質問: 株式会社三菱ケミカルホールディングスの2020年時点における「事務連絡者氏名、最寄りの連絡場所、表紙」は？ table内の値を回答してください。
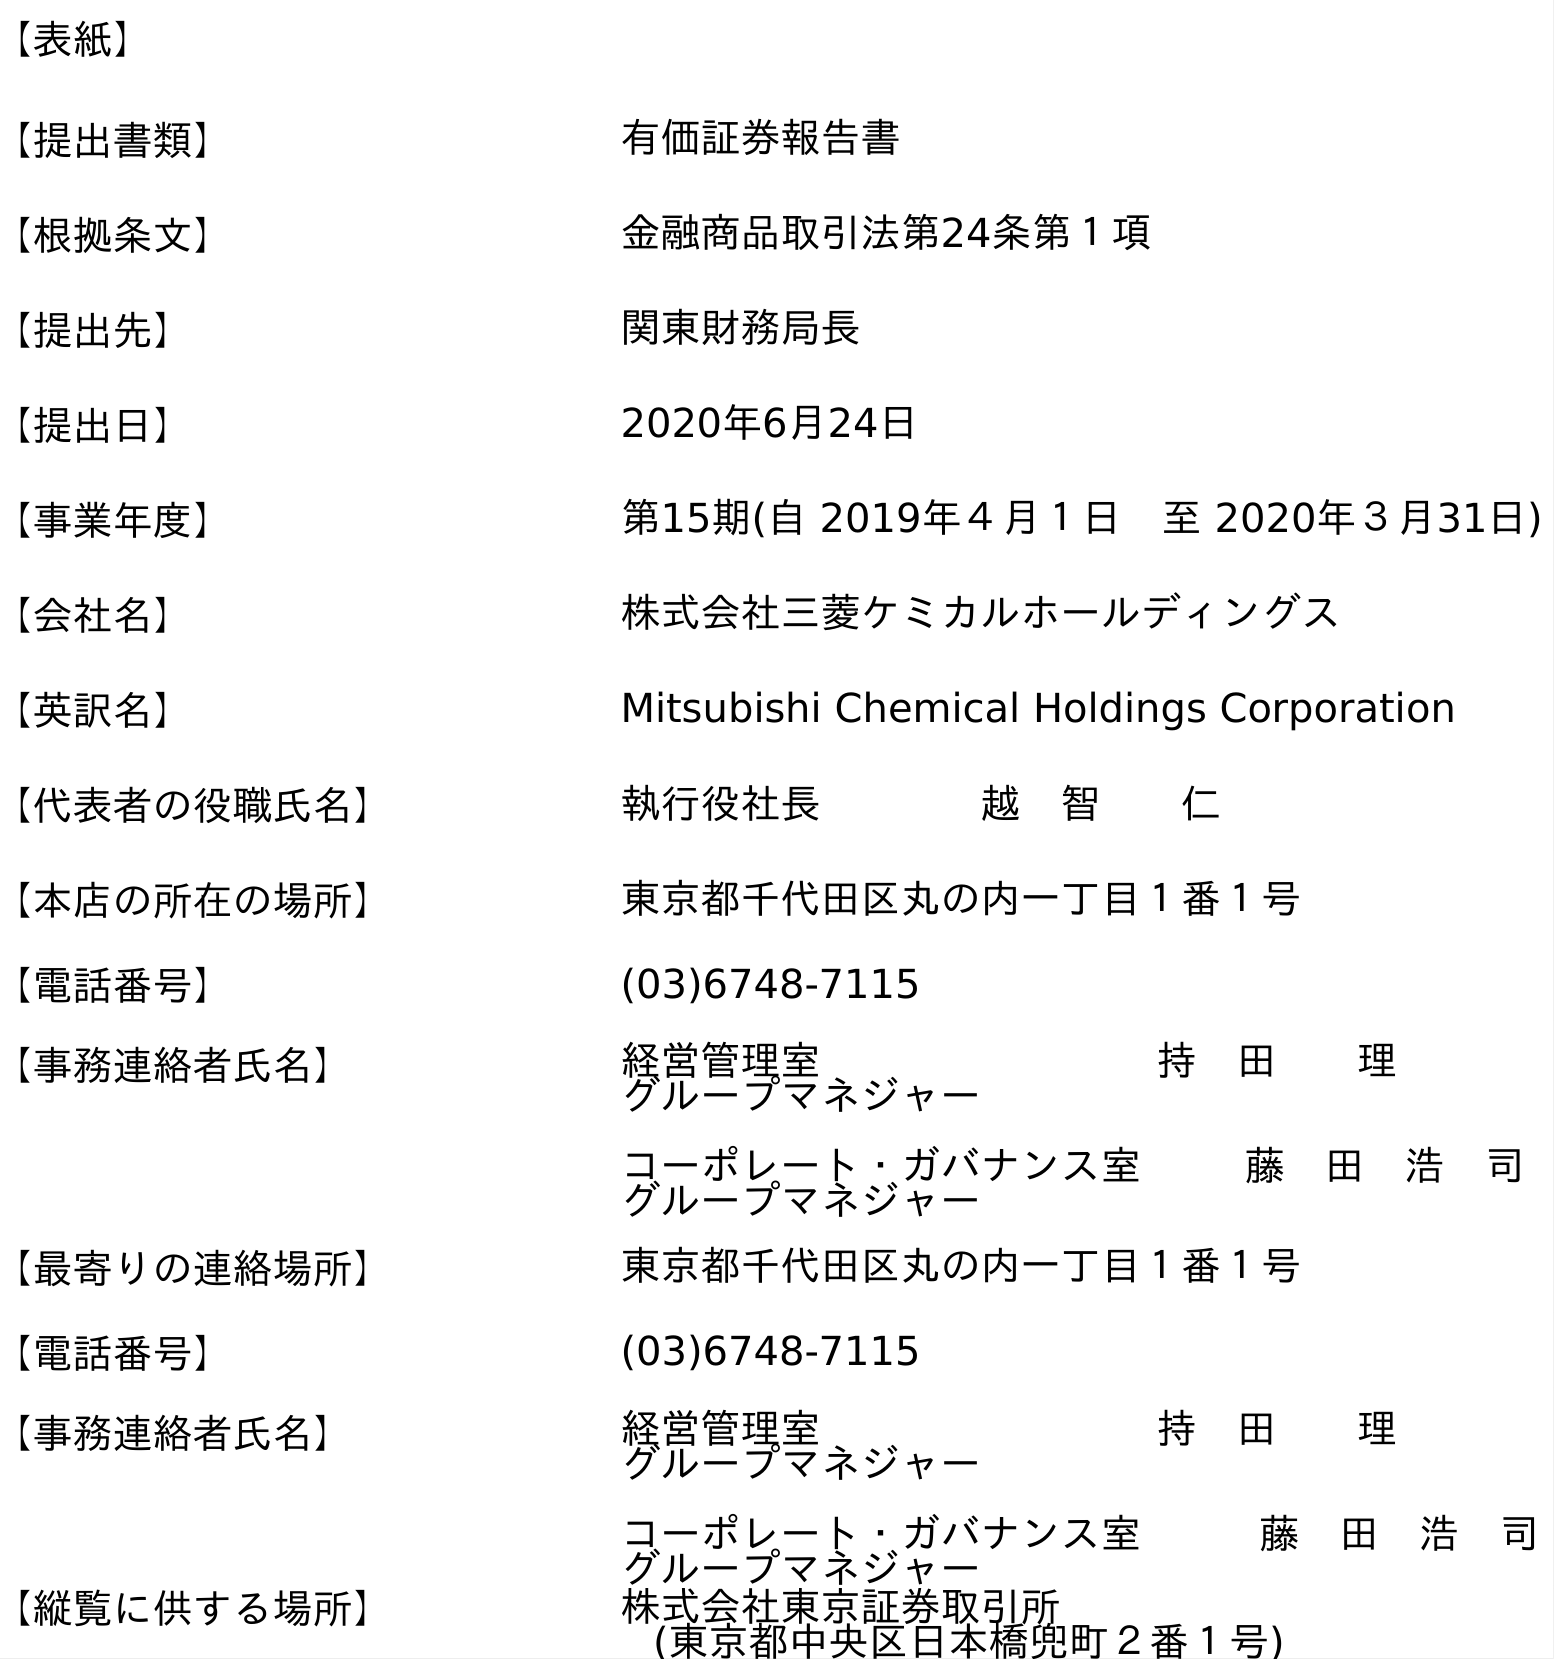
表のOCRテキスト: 【表紙】 【提出書類】 有価証券報告書 【根拠条文】 金融商品取引法第24条第１項 【提出先】 関東財務局長 【提出日】 2020年6月24日 【事業年度】 第15期(自 2019年４月１日 至 2020年３月31日) 【会社名】 株式会社三菱ケミカルホールディングス 【英訳名】 Mitsubishi Chemical Holdings Corporation 【代表者の役職氏名】 執行役社長    越 智  仁 【本店の所在の場所】 東京都千代田区丸の内一丁目１番１号 【電話番号】 (03)6748-7115 【事務連絡者氏名】 経営管理室    持 田  理 グループマネジャー コーポレート・ガバナンス室  藤 田 浩 司 グループマネジャー 【最寄りの連絡場所】 東京都千代田区丸の内一丁目１番１号 【電話番号】 (03)6748-7115 【事務連絡者氏名】 経営管理室    持 田  理 グループマネジャー コーポレート・ガバナンス室   藤 田 浩 司 グループマネジャー 【縦覧に供する場所】 株式会社東京証券取引所 (東京都中央区日本橋兜町２番１号)
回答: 経営管理室持　田理グループマネジャーコーポレート・ガバナンス室藤　田　浩　司グループマネジャー